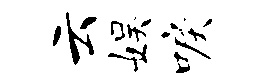
云娱唳